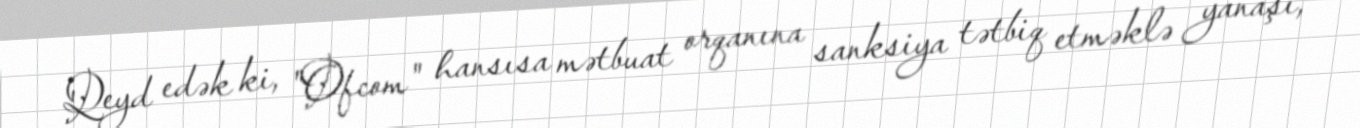
Qeyd edək ki, "Ofcom" hansısa mətbuat orqanına sanksiya tətbiq etməklə yanaşı,